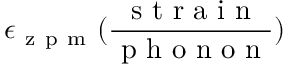
\epsilon _ { \mathrm { ~ z ~ p ~ m ~ } } ( \frac { \mathrm { ~ s ~ t ~ r ~ a ~ i ~ n ~ } } { \mathrm { ~ p ~ h ~ o ~ n ~ o ~ n ~ } } )